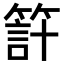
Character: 𥰇